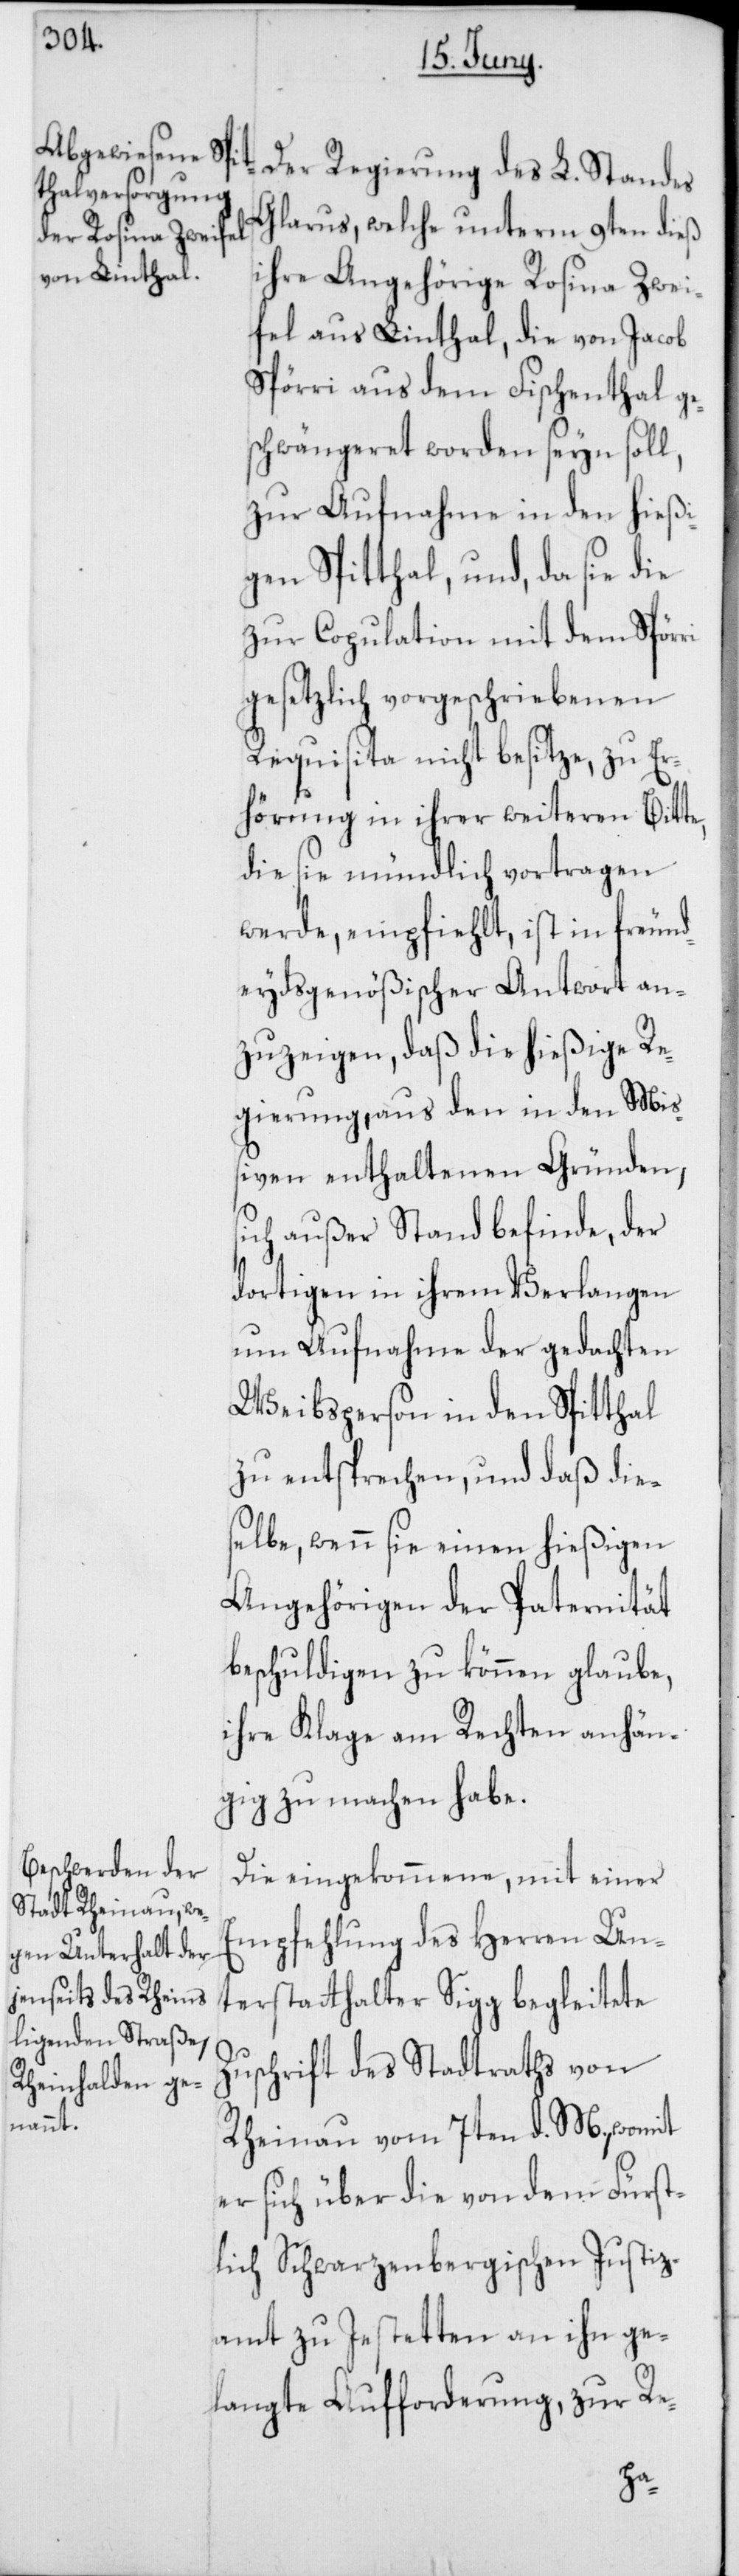
Glarus, welche unterm 9ten dieß
ihre Angehörige Rosina Zwei¬
fel aus Linthal, die von Jacob
Spörri aus dem Fischenthal ge¬
schwängeret worden seyn soll,
zur Aufnahme in den hießi¬
gen Spitthal, und, da sie die
zur Copulation mit dem Spörri
gesetzlich vorgeschriebenen
Requisita nicht besitze, zu Er¬
hörung in ihrer weiteren Bitte,
diese mündlich vortragen
werde, empfiehlt, ist in freund¬
eydgenößischer Antwort an¬
zuzeigen, daß die hießige Re¬
gierung, aus den in den Miß¬
iven enthaltenen Gründen,
sich außer Stand befinde, der
dortigen in ihrem Verlangen
um Aufnahme der gedachten
Weibsperson in den Spitthal
zu entsprechen, und daß die¬
selbe, wenn sie einen hießigen
Angehörigen der Paternität
beschuldigen zu können glaube,
ihre Klage am Rechten anhän¬
gig zu machen habe.
Die eingekommene, mit einer
Empfehlung des Herren Un¬
terstatthalter Sigg begleitete
Zuschrift des Stadtraths von
Rheinau vom 7ten d. M., womit
er sich über die von dem Fürst¬
lich Schwarzenbergischen Justiz¬
amt zu Jestetten an ihn ge¬
langte Aufforderung, zur Re-